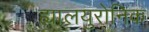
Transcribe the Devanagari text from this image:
ह्यालयुरोनिक